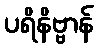
ပရိနိဗ္ဗာန်